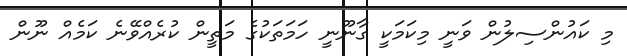
މި ކައުންސިލުން ވަނީ މިކަމަކީ ގާނޫނީ ހަމަތަކުގެ މަތީން ކުރެއްވޭނެ ކަމެއް ނޫން